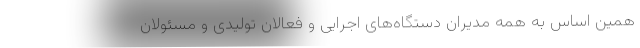
همین اساس به همه مدیران دستگاه‌های اجرایی و فعالان تولیدی و مسئولان